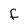
Character: F